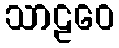
သာဠဝေ